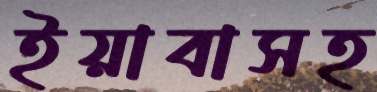
ইয়াবাসহ